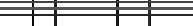
٤٣